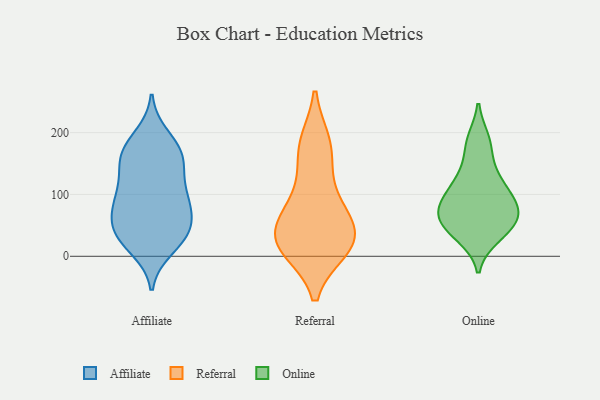
{"axis": {"x": "Customer Acquisition Cost (USD)", "y": "Value"}, "legend": ["Affiliate", "Online", "Referral"], "data": [{"x": "", "y": 50, "type": "Affiliate"}, {"x": "", "y": 54, "type": "Affiliate"}, {"x": "", "y": 160, "type": "Affiliate"}, {"x": "", "y": 174, "type": "Affiliate"}, {"x": "", "y": 70, "type": "Affiliate"}, {"x": "", "y": 103, "type": "Affiliate"}, {"x": "", "y": 27, "type": "Affiliate"}, {"x": "", "y": 144, "type": "Affiliate"}, {"x": "", "y": 194, "type": "Affiliate"}, {"x": "", "y": 27, "type": "Affiliate"}, {"x": "", "y": 87, "type": "Affiliate"}, {"x": "", "y": 178, "type": "Affiliate"}, {"x": "", "y": 43, "type": "Affiliate"}, {"x": "", "y": 156, "type": "Affiliate"}, {"x": "", "y": 85, "type": "Affiliate"}, {"x": "", "y": 149, "type": "Affiliate"}, {"x": "", "y": 13, "type": "Affiliate"}, {"x": "", "y": 95, "type": "Affiliate"}, {"x": "", "y": 33, "type": "Affiliate"}, {"x": "", "y": 106, "type": "Affiliate"}, {"x": "", "y": 34, "type": "Referral"}, {"x": "", "y": 21, "type": "Referral"}, {"x": "", "y": 93, "type": "Referral"}, {"x": "", "y": 13, "type": "Referral"}, {"x": "", "y": 149, "type": "Referral"}, {"x": "", "y": 67, "type": "Referral"}, {"x": "", "y": 31, "type": "Referral"}, {"x": "", "y": 25, "type": "Referral"}, {"x": "", "y": 12, "type": "Referral"}, {"x": "", "y": 183, "type": "Referral"}, {"x": "", "y": 183, "type": "Referral"}, {"x": "", "y": 74, "type": "Referral"}, {"x": "", "y": 59, "type": "Online"}, {"x": "", "y": 125, "type": "Online"}, {"x": "", "y": 117, "type": "Online"}, {"x": "", "y": 82, "type": "Online"}, {"x": "", "y": 43, "type": "Online"}, {"x": "", "y": 31, "type": "Online"}, {"x": "", "y": 166, "type": "Online"}, {"x": "", "y": 32, "type": "Online"}, {"x": "", "y": 97, "type": "Online"}, {"x": "", "y": 54, "type": "Online"}, {"x": "", "y": 189, "type": "Online"}, {"x": "", "y": 188, "type": "Online"}, {"x": "", "y": 131, "type": "Online"}, {"x": "", "y": 79, "type": "Online"}, {"x": "", "y": 69, "type": "Online"}, {"x": "", "y": 102, "type": "Online"}, {"x": "", "y": 50, "type": "Online"}, {"x": "", "y": 80, "type": "Online"}, {"x": "", "y": 71, "type": "Online"}]}